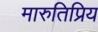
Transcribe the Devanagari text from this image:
मारुतिप्रिय